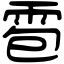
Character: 雹